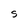
Character: S